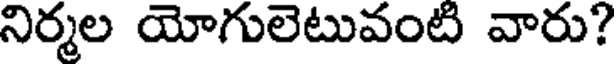
నిర్మల యోగులెటువంటి వారు?